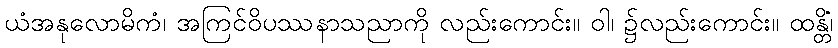
ယံအနုလောမိကံ၊ အကြင်ဝိပဿနာသညာကို လည်းကောင်း။ ဝါ၊ ၌လည်းကောင်း။ ထန္တိံ၊